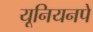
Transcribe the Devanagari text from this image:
यूनियनपे